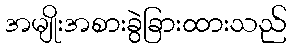
အမျိုးအစားခွဲခြားထားသည်